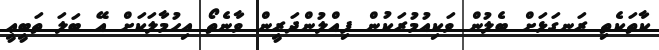
ކާތަކެތި ރަނގަޅަށް ބެލުން ވަކިއުމުރަކުން ފިއްލުންދަރީން ވާނެތޯ އިހުމާލަކަށް އޭ ބަލަ ތަބީޢީ